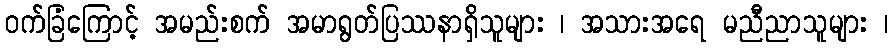
ဝက်ခြံကြောင့် အမည်းစက် အမာရွတ်ပြဿနာရှိသူများ ၊ အသားအရေ မညီညာသူများ ၊